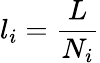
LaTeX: l_{i}=\frac{L}{N_{i}}